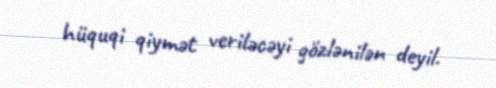
hüquqi qiymət veriləcəyi gözlənilən deyil.